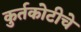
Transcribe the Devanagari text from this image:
कुर्तकोटीचे